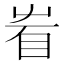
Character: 𥄾